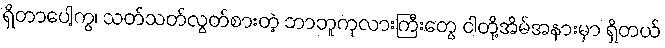
ရှိတာပေါ့ကွ၊ သတ်သတ်လွတ်စားတဲ့ ဘာဘူကုလားကြီးတွေ ငါတို့အိမ်အနားမှာ ရှိတယ်